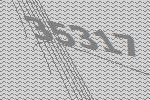
35317